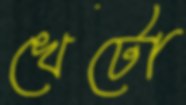
খেটো